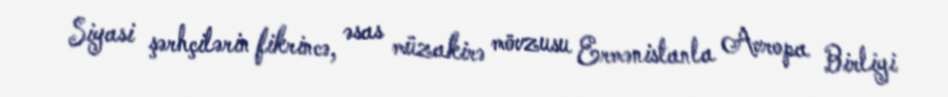
Siyasi şərhçilərin fikrincə, əsas müzakirə mövzusu Ermənistanla Avropa Birliyi